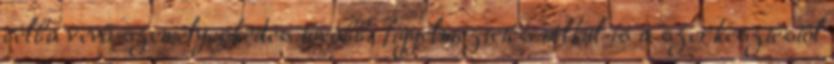
célba vevő személyeskedés további figyelmeztetés nélkül is a szerkesztéstől